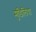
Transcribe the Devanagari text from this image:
मुडिलिया